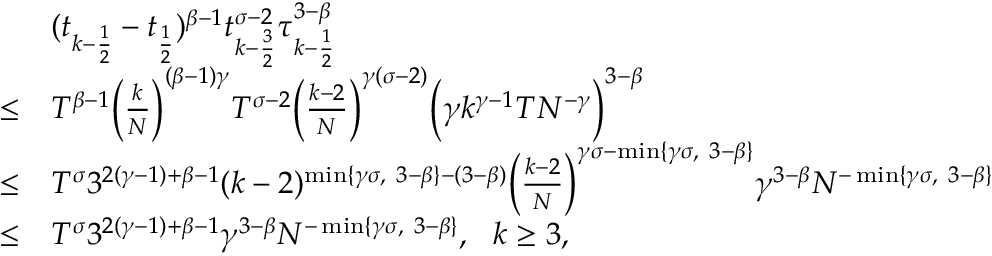
\begin{array} { r l } & { ( t _ { k - \frac { 1 } { 2 } } - t _ { \frac { 1 } { 2 } } ) ^ { \beta - 1 } t _ { k - \frac { 3 } { 2 } } ^ { \sigma - 2 } \tau _ { k - \frac { 1 } { 2 } } ^ { 3 - \beta } } \\ { \le } & { T ^ { \beta - 1 } \Big ( \frac { k } { N } \Big ) ^ { ( \beta - 1 ) \gamma } T ^ { \sigma - 2 } \Big ( \frac { k - 2 } { N } \Big ) ^ { \gamma ( \sigma - 2 ) } \Big ( \gamma k ^ { \gamma - 1 } T N ^ { - \gamma } \Big ) ^ { 3 - \beta } } \\ { \le } & { T ^ { \sigma } 3 ^ { 2 ( \gamma - 1 ) + \beta - 1 } ( k - 2 ) ^ { \operatorname* { m i n } \{ \gamma \sigma , ~ 3 - \beta \} - ( 3 - \beta ) } \Big ( \frac { k - 2 } { N } \Big ) ^ { \gamma \sigma - \operatorname* { m i n } \{ \gamma \sigma , ~ 3 - \beta \} } \gamma ^ { 3 - \beta } N ^ { - \operatorname* { m i n } \{ \gamma \sigma , ~ 3 - \beta \} } } \\ { \le } & { T ^ { \sigma } 3 ^ { 2 ( \gamma - 1 ) + \beta - 1 } \gamma ^ { 3 - \beta } N ^ { - \operatorname* { m i n } \{ \gamma \sigma , ~ 3 - \beta \} } , ~ ~ k \ge 3 , } \end{array}